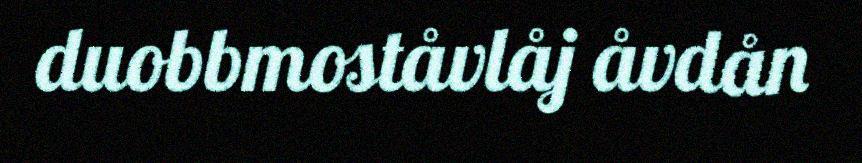
duobbmoståvlåj åvdån